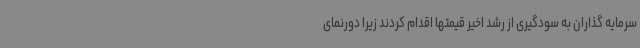
سرمایه گذاران به سودگیری از رشد اخیر قیمتها اقدام کردند زیرا دورنمای